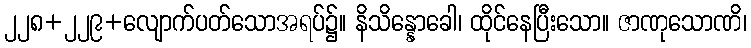
၂၂၈+၂၂၉+လျောက်ပတ်သောအရပ်၌။ နိသိန္နောခေါ၊ ထိုင်နေပြီးသော။ ဇာဏုသောဏိ၊